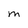
Character: M